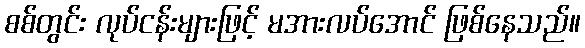
စစ်တွင်း လုပ်ငန်းများဖြင့် မအားလပ်အောင် ဖြစ်နေသည်။